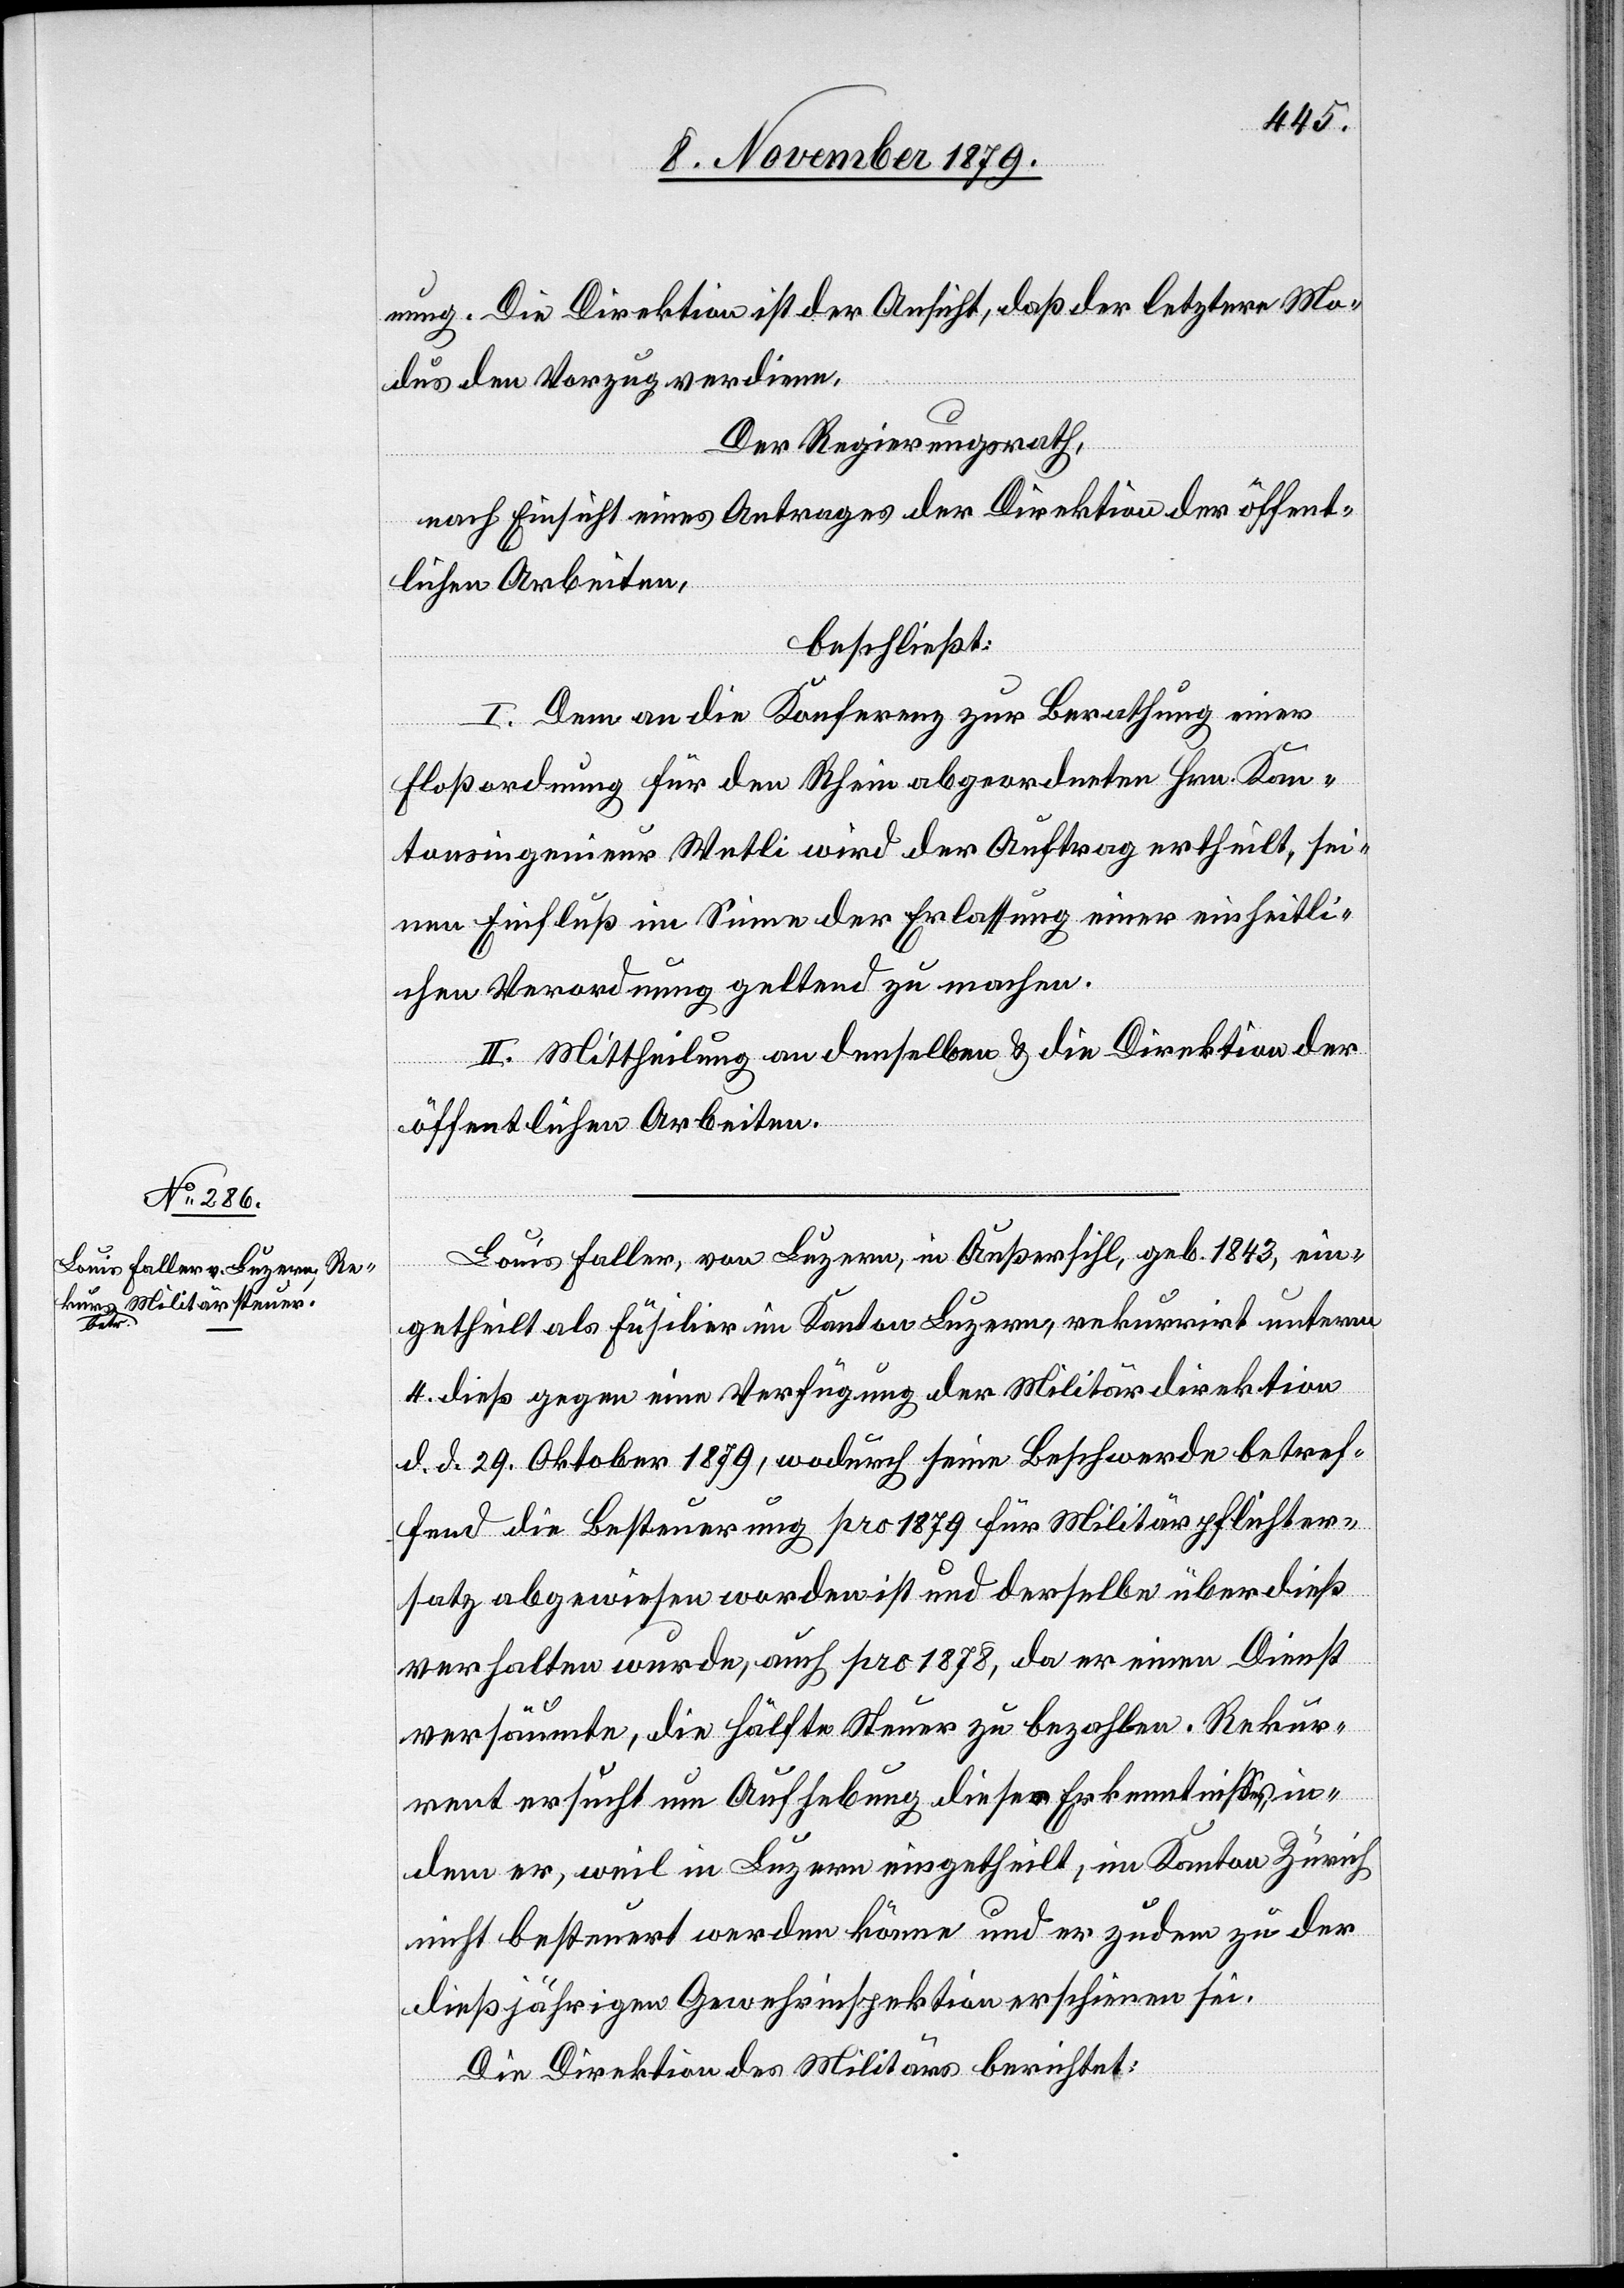
nung. Die Direktion ist der Ansicht, daß der letztere Mo¬
dus den Vorzug verdiene.
Der Regierungsrath,
nach Einsicht eines Antrages der Direktion der öffent¬
lichen Arbeiten,
beschließt:
I. Dem an die Konferenz zur Berathung einer
Floßordnung für den Rhein abgeordneten Hrn. Kan¬
tonsingenieur Wetli wird der Auftrag ertheilt, sei¬
nen Einfluß im Sinne der Erlassung einer einheitli¬
chen Verordnung geltend zu machen.
II. Mittheilung an denselben & die Direktion der
öffentlichen Arbeiten.
Louis Faller, von Luzern, in Außersihl, geb 1843, ein¬
getheilt als Füsilier im Kanton Luzern, rekurrirt unterm
4. dieß gegen eine Verfügung der Militärdirektion
d. d. 29. Oktober 1879, wodurch seine Beschwerde betref¬
fend die Besteuerung pro 1879 für Militärpflichter¬
satz abgewiesen worden ist und derselbe überdieß
verhalten wurde, auch pro 1878, da er einen Dienst
versäumte, die Hälfte Steuer zu bezahlen. Rekur¬
rent ersucht um Aufhebung dieser Erkenntniße in¬
dem er, weil in Luzern eingetheilt, im Kanton Zürich
nicht besteuert werden könne und er zudem zu der
dießjährigen Gewehrinspektion erschienen sei.
Die Direktion des Militärs berichtet: